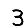
Digit: 3